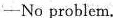
-No problem.